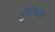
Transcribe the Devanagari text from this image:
सुपाचक